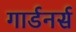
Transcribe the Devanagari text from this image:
गार्डनर्स